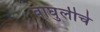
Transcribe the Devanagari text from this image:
वाघुलीचे